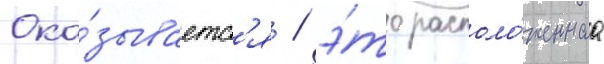
Ока́зываетс'я / э́то располо́женнаа